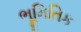
ભૂમિતિક